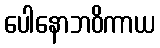
ပေါနောဘဝိကာယ